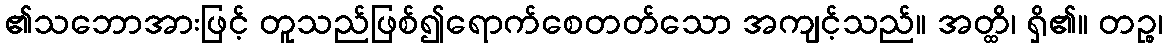
၏သဘောအားဖြင့် တူသည်ဖြစ်၍ရောက်စေတတ်သော အကျင့်သည်။ အတ္ထိ၊ ရှိ၏။ တဉ္စ၊